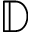
\mathbb { D }